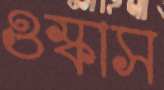
ওস্‌কাস